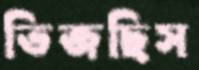
ভিজছিস